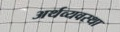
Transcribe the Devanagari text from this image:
अर्थव्यवस्‍था